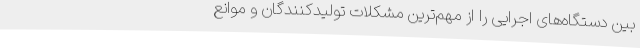
بین دستگاه‌های اجرایی را از مهم‌ترین مشکلات تولیدکنندگان و موانع